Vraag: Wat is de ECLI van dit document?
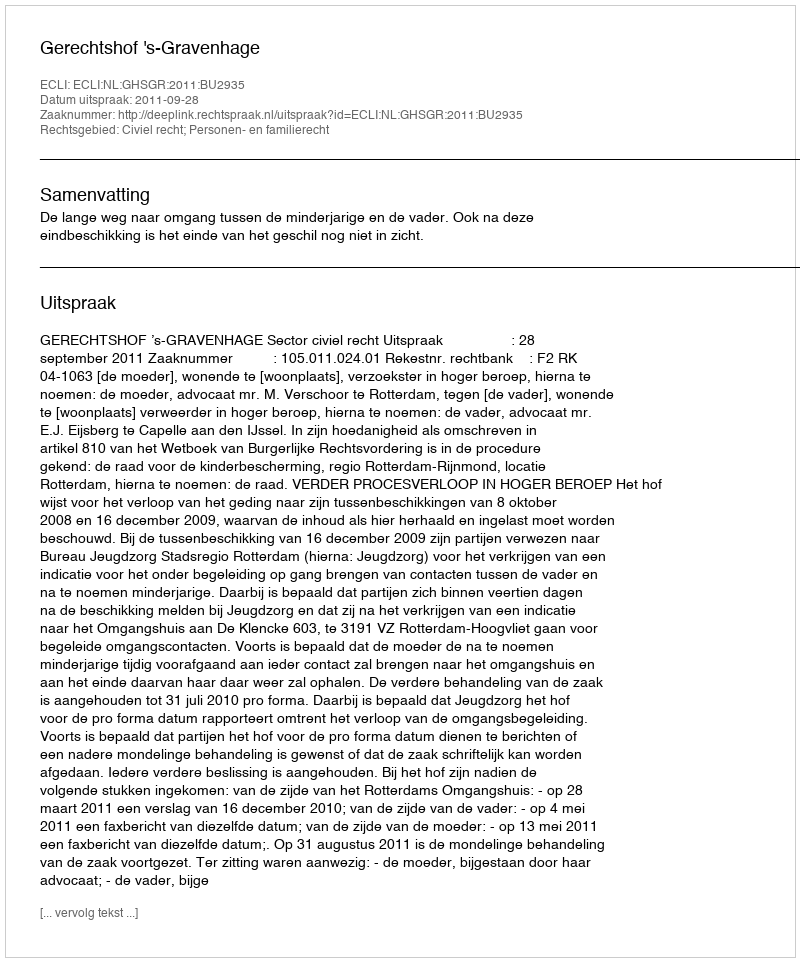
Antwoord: ECLI:NL:GHSGR:2011:BU2935